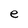
Character: e